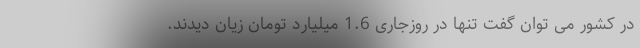
در کشور می توان گفت تنها در روزجاری 1.6 میلیارد تومان زیان دیدند.